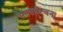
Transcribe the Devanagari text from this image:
सतसईरचना